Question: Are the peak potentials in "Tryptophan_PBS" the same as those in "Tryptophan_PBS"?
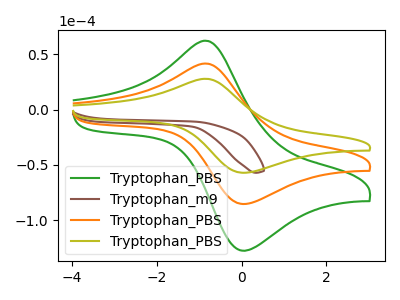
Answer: <think>The green curve "Tryptophan_PBS" has an anodic peak at (-0.85V, 83.35uA) and a cathodic peak at (0.10V, -170.35uA). The brown curve "Tryptophan_m9" has no peaks. The orange curve "Tryptophan_PBS" has an anodic peak at (-0.85V, 41.65uA) and a cathodic peak at (0.10V, -85.15uA). The olive curve "Tryptophan_PBS" has an anodic peak at (-0.85V, 27.90uA) and a cathodic peak at (0.10V, -57.00uA).</think>
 <answer>Yes, "Tryptophan_PBS" have a peak in "Tryptophan_PBS" at the same potential.</answer>
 <eval>match</eval>